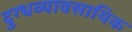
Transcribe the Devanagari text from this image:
दुग्धव्यावसायिक